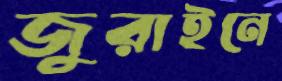
জুরাইনে